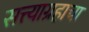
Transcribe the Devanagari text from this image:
सत्त्याग्रहाचा